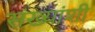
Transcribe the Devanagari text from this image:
संख्यांशी